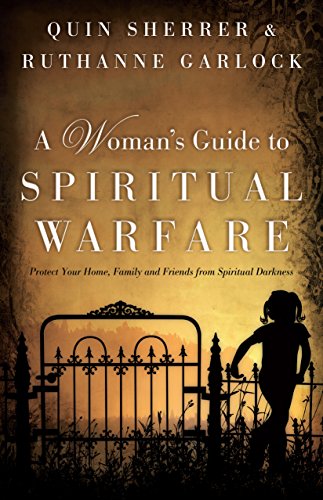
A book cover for A Woman's Guide to Spiritual Warfare: Protect Your Home, Family and Friends from Spiritual Darkness; Quin Sherrer; Christian Books & Bibles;